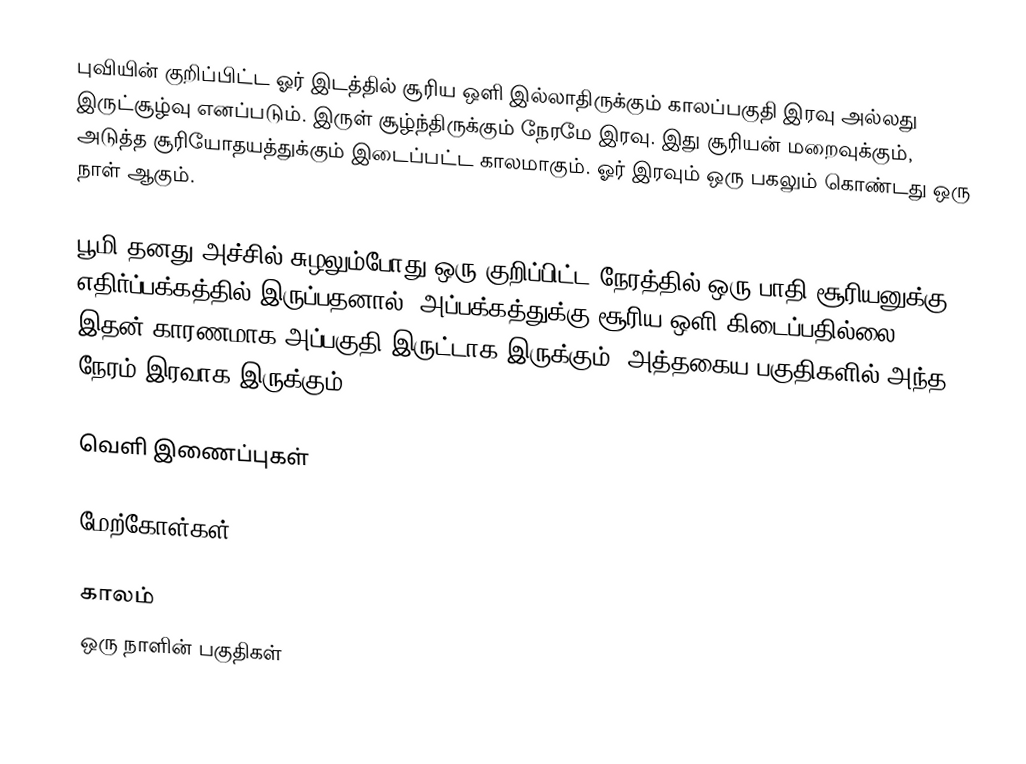
புவியின் குறிப்பிட்ட ஓர் இடத்தில் சூரிய ஒளி இல்லாதிருக்கும் காலப்பகுதி இரவு அல்லது இருட்சூழ்வு எனப்படும். இருள் சூழ்ந்திருக்கும் நேரமே இரவு. இது சூரியன் மறைவுக்கும், அடுத்த சூரியோதயத்துக்கும் இடைப்பட்ட காலமாகும். ஓர் இரவும் ஒரு பகலும் கொண்டது ஒரு நாள் ஆகும்.

பூமி தனது அச்சில் சுழலும்போது ஒரு குறிப்பிட்ட நேரத்தில் ஒரு பாதி சூரியனுக்கு எதிர்ப்பக்கத்தில் இருப்பதனால், அப்பக்கத்துக்கு சூரிய ஒளி கிடைப்பதில்லை. இதன் காரணமாக அப்பகுதி இருட்டாக இருக்கும். அத்தகைய பகுதிகளில் அந்த நேரம் இரவாக இருக்கும்.

வெளி இணைப்புகள்

மேற்கோள்கள்

காலம்
ஒரு நாளின் பகுதிகள்